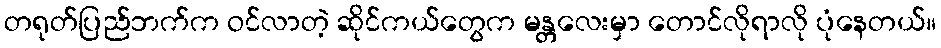
တရုတ်ပြည်ဘက်က ဝင်လာတဲ့ ဆိုင်ကယ်တွေက မန္တလေးမှာ တောင်လိုရာလို ပုံနေတယ်။